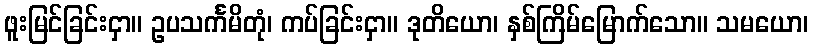
ဖူးမြင်ခြင်းငှာ။ ဥပသင်္ကမိတုံ၊ ကပ်ခြင်းငှာ။ ဒုတိယော၊ နှစ်ကြိမ်မြောက်သော။ သမယော၊